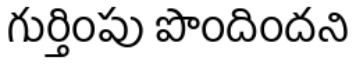
గుర్తింపు పొందిందని